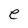
Character: e